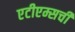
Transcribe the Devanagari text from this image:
एटीएम्सची